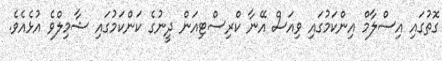
ގޮތުގައި އިސްލާމް އިންކަމުގައި ވިއަސް އޭނާ ކްރިސްޓިއަން ދީނުގެ ކަންކަމުގައި ޝާމިލްވެ އުޅެއެވެ.